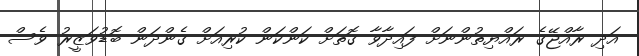
އަދި ރާއްޖޭގެ ރައްޔިތުންނަށް ފައިދާވާ ގޮތަށް ކަންކަން ކުރިއަށް ގެންދަން ބޮޑުވަޒީރު ވެސް